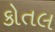
કોતલ